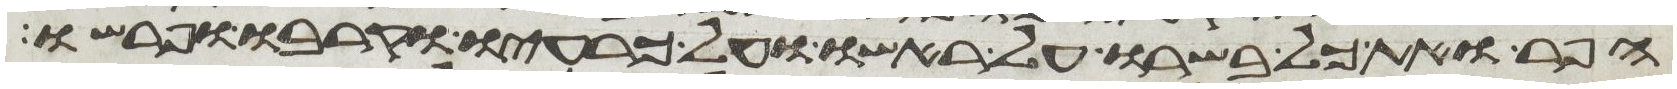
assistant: הפר ואת כל בשרו על ראשו ועל כרעיו וקרבו ופרשו